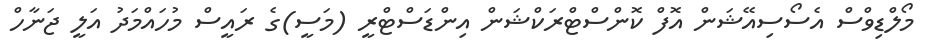
މޯލްޑިވްސް އެސޯސިއޭޝަން އޮފް ކޮންސްޓްރަކްޝަން އިންޑަސްޓްރީ (މަސީ)ގެ ރައީސް މުހައްމަދު އަލީ ޖަނާހް